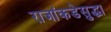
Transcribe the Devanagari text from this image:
राजांकडेसुद्धा